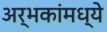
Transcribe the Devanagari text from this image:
अर्भकांमध्ये